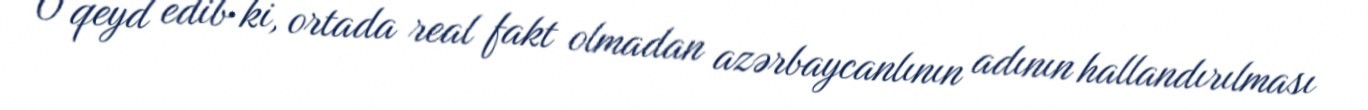
O qeyd edib ki, ortada real fakt olmadan azərbaycanlının adının hallandırılması